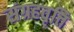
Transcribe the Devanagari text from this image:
संग्रहवृत्ति